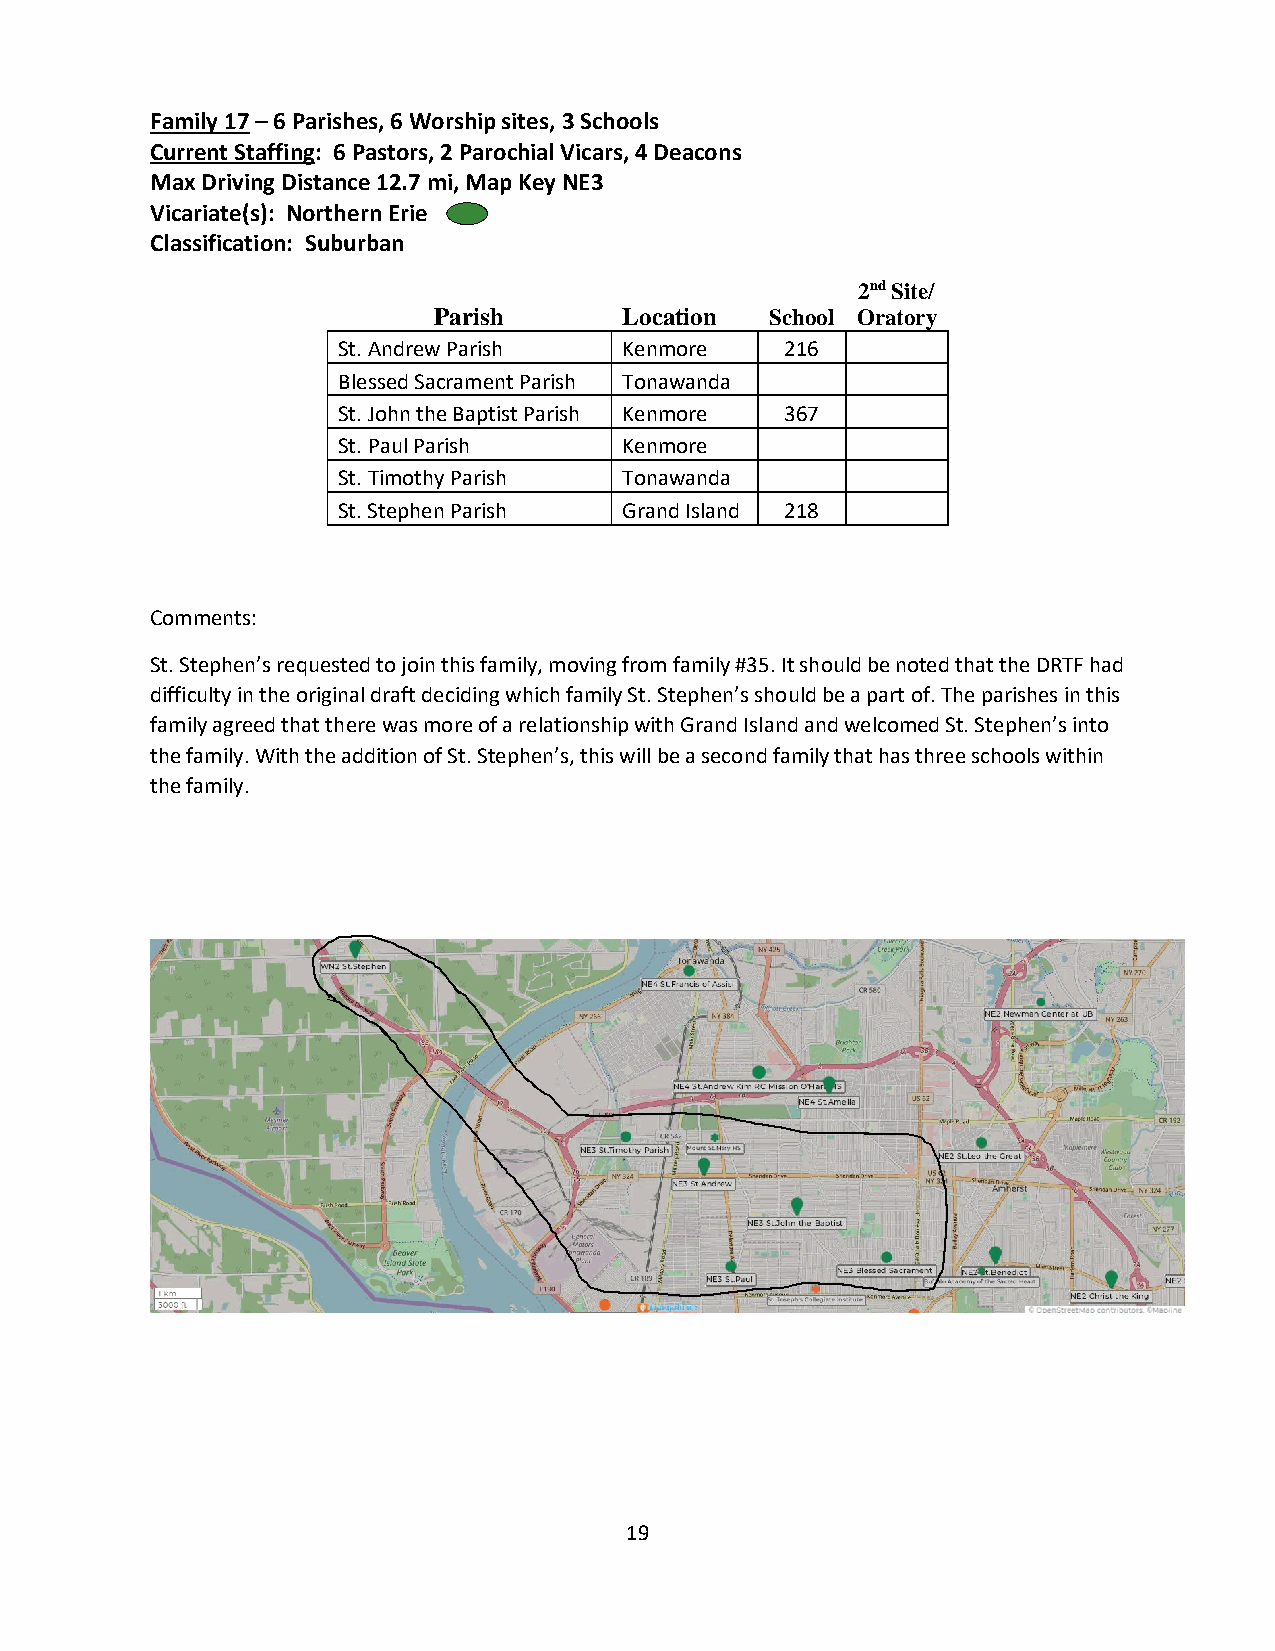
Family 17 – 6 Parishes, 6 Worship sites, 3 Schools
 Current Staffing: 6 Pastors, 2 Parochial Vicars, 4 Deacons
 Max Driving Distance 12.7 mi, Map Key NE3
 Vicariate(s): Northern Erie
 Classification: Suburban
 2nd Site/
 Parish      Location  School Oratory
 St. Andrew Parish  Kenmore    216
 Blessed Sacrament Parish Tonawanda
 St. John the Baptist Parish Kenmore 367
 St. Paul Parish    Kenmore
 St. Timothy Parish Tonawanda
 St. Stephen Parish Grand Island 218
 Comments:
 St. Stephen’s requested to join this family, moving from family #35. It should be noted that the DRTF had
 difficulty in the original draft deciding which family St. Stephen’s should be a part of. The parishes in this
 family agreed that there was more of a relationship with Grand Island and welcomed St. Stephen’s into
 the family. With the addition of St. Stephen’s, this will be a second family that has three schools within
 the family.
 19